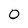
Character: 0